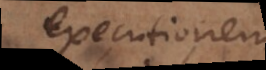
executionem.